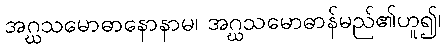
အဂ္ဃသမောဓာနောနာမ၊ အဂ္ဃသမောဓာန်မည်၏ဟူ၍၊